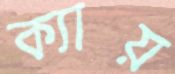
ক্যায়